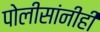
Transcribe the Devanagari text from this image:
पोलीसांनीही